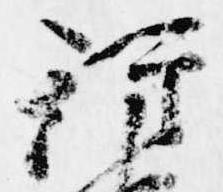
行